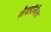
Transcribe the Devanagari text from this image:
मैक्डॉनैल्ड